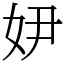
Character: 𡛂